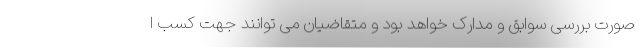
صورت بررسی سوابق و مدارک خواهد بود و متقاضیان می توانند جهت کسب ا